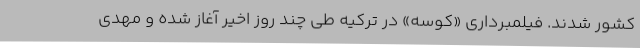
کشور شدند. فیلمبرداری «کوسه» در ترکیه طی چند روز اخیر آغاز شده و مهدی